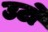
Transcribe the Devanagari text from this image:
उटो